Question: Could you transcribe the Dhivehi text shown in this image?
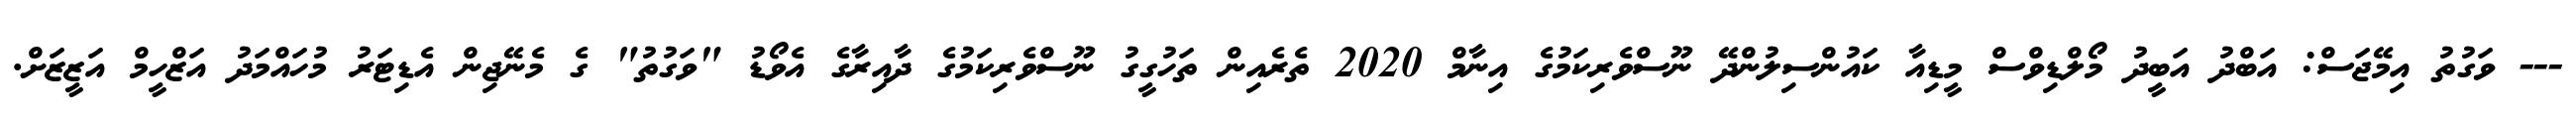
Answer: --- ވަގުތު އިމޭޖަސް: އަބްދު އަބީދު މޯލްޑިވްސް މީޑިއާ ކައުންސިލުންދޭ ނޫސްވެރިކަމުގެ އިނާމް 2020 ތެރެއިން ތަހުގީގު ނޫސްވެރިކަމުގެ ދާއިރާގެ އެވޯޑު "ވަގުތު" ގެ މެނޭޖިން އެޑިޓަރު މުހައްމަދު އަޒްހީމް އަޒީޒަށް.